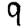
Digit: 9